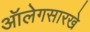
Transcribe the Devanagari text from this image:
ऑलेगसारखे